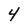
Character: 4